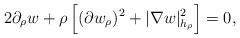
LaTeX: \begin{align*}2\partial_\rho w+\rho\left[(\partial w_\rho)^2+|\nabla w|_{h_{\rho}}^2\right]=0,\end{align*}